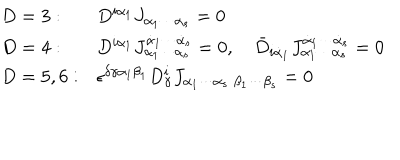
\begin{array} { l l } { { D = 3 : } } & { { D ^ { i \alpha _ { 1 } } J _ { \alpha _ { 1 } \cdots \alpha _ { s } } = 0 } } \\ { { D = 4 : } } & { { D ^ { i \alpha _ { 1 } } J _ { \alpha _ { 1 } \cdots \alpha _ { s } } ^ { \dot { \alpha } _ { 1 } \cdots \dot { \alpha } _ { s } } = 0 , \quad \bar { D } _ { i \dot { \alpha } _ { 1 } } J _ { \alpha _ { 1 } \cdots \alpha _ { s } } ^ { \dot { \alpha } _ { 1 } \cdots \dot { \alpha } _ { s } } = 0 } } \\ { { D = 5 , 6 : } } & { { \epsilon ^ { \delta \gamma \alpha _ { 1 } \beta _ { 1 } } D _ { \gamma } ^ { i } J _ { \alpha _ { 1 } \cdots \alpha _ { s } \; \beta _ { 1 } \cdots \beta _ { s } } = 0 } } \\ \end{array}